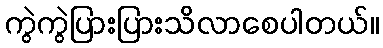
ကွဲကွဲပြားပြားသိလာစေပါတယ်။